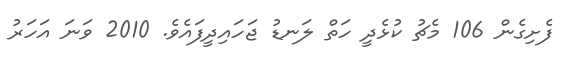
ފެށިގެން 106 މެޗު ކުޅެދީ ހަތް ލަނޑު ޖަހައިދީފައެވެ. 2010 ވަނަ އަހަރު